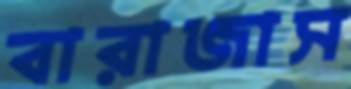
বারাজাস